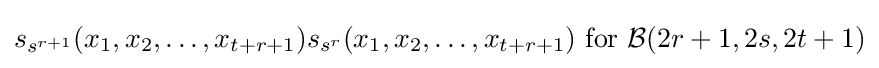
s_{s^{r+1}}(x_{1},x_{2},\ldots ,x_{t+r+1})s_{s^{r}}(x_{1},x_{2},\ldots ,x_{t+r+1}){\text{ for }}{\mathcal {B}}(2r+1,2s,2t+1)